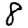
Digit: 8